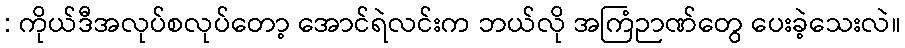
: ကိုယ်ဒီအလုပ်စလုပ်တော့ အောင်ရဲလင်းက ဘယ်လို အကြံဉာဏ်တွေ ပေးခဲ့သေးလဲ။